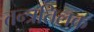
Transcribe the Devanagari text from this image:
तन्त्रतिलक